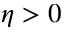
\eta > 0